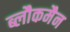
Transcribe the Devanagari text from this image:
ब्लौकमैन